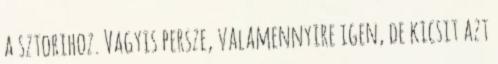
a sztorihoz. Vagyis persze, valamennyire igen, de kicsit azt